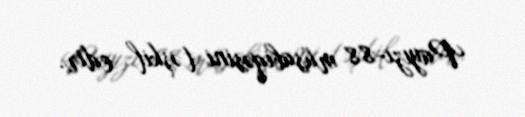
Payızı-88 müsabiqəsini təşkil edir.